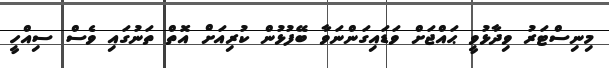
މިނިސްޓަރު ވިދާޅުވީ ޙައްޖަށް ވަޑައިގަންނަވާ ބޭފުޅުން ކުރިއަށް އޮތް ތަނުގައި ވެސް ސިއްހީ